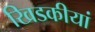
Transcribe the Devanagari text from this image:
खिडकीयां